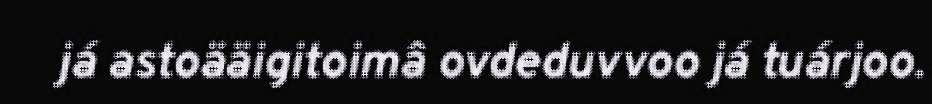
já astoääigitoimâ ovdeduvvoo já tuárjoo.